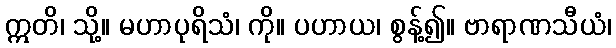
ဣတိ၊ သို့။ မဟာပုရိသံ၊ ကို။ ပဟာယ၊ စွန့်၍။ ဗာရာဏသီယံ၊